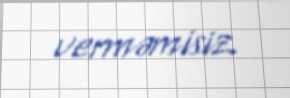
verməmisiz.